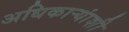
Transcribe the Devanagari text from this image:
अधिकार्‍यांशी